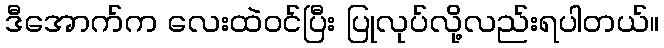
ဒီအောက်က လေးထဲဝင်ပြီး ပြုလုပ်လို့လည်းရပါတယ်။